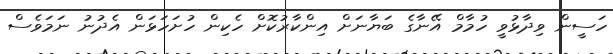
ހަސީން ވިދާޅުވީ ހުމާމް އޭނާގެ ބަޔާނަށް އިންކާރުކޮށް ހެކިން ހުށަހަޅަން އެދުނު ނަމަވެސް